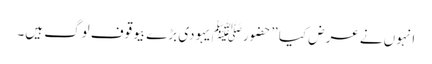
انہوں نے عرض کیا ”حضورﷺ یہودی بڑے بیوقوف لوگ ہیں۔